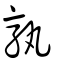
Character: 孰